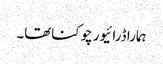
ہمارا ڈرائیور چوکناتھا۔